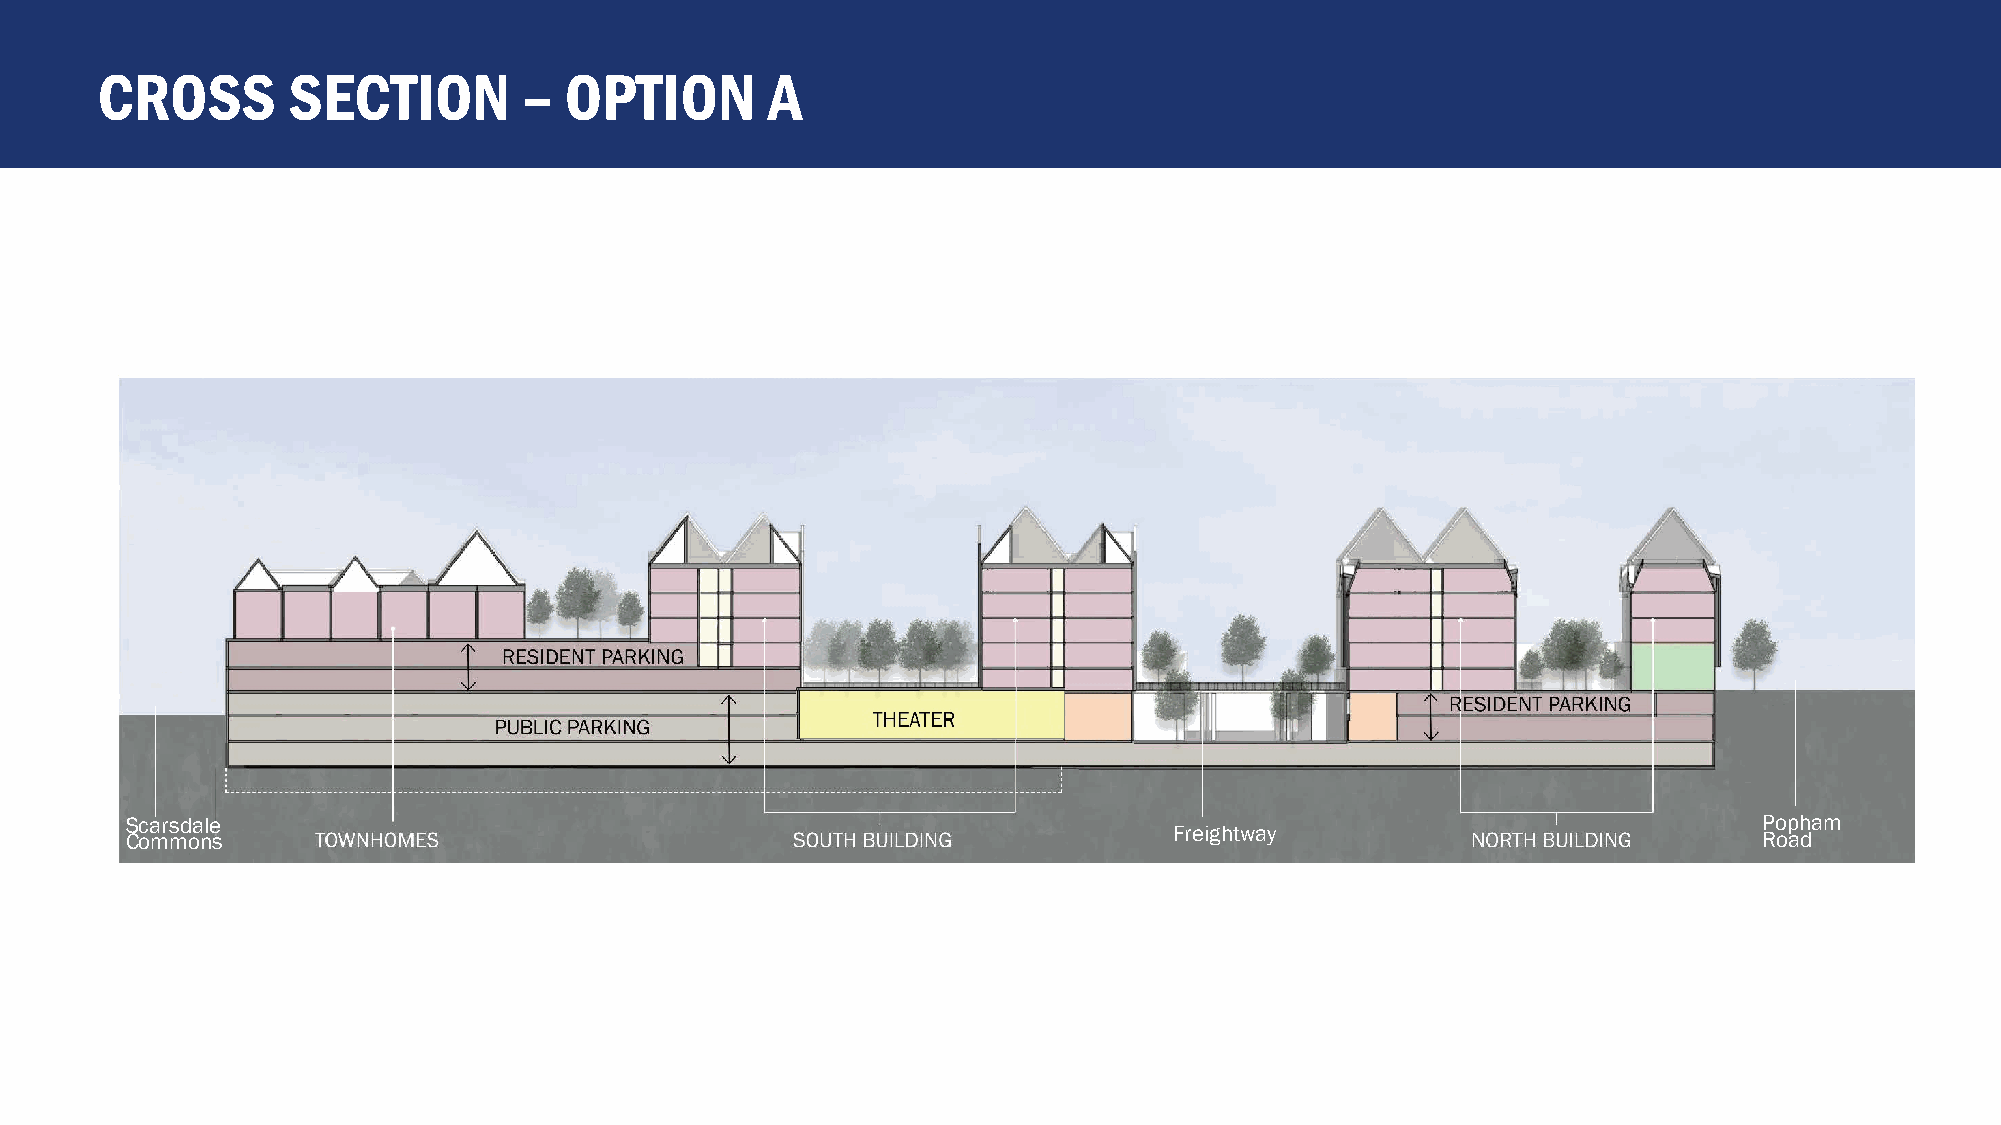
CROSS        SECTION         – OPTION        A
 Scarsdale                                                                                                    Popham
 Commons                                                               Freightway                             Road